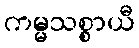
ကမ္မသစ္စာယီ